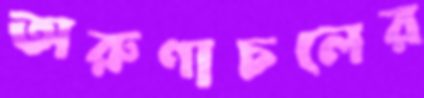
অরুণাচলের